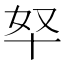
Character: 𫧞